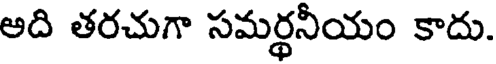
అది తరచుగా సమర్థనీయం కాదు.